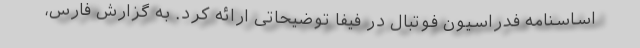
اساسنامه فدراسیون فوتبال در فیفا توضیحاتی ارائه کرد. به گزارش فارس،